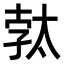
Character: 𭑓